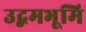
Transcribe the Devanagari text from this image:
उद्गमभूमि